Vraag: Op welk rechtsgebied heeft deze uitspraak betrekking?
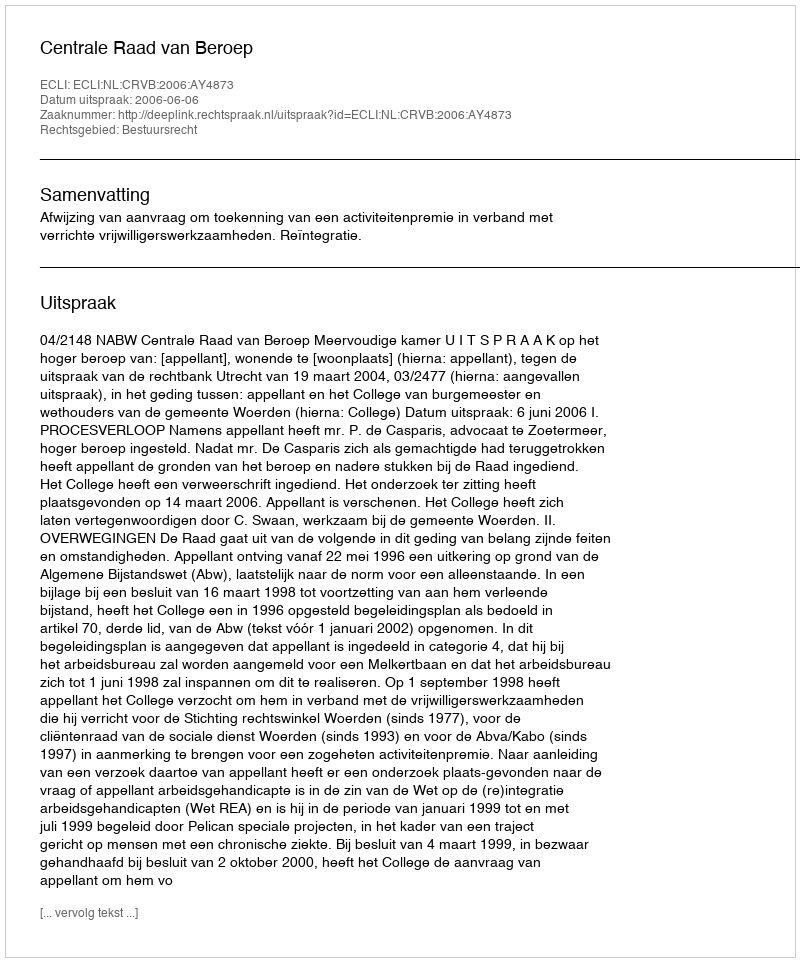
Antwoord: Bestuursrecht